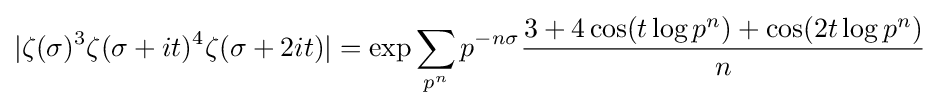
|\zeta (\sigma )^{3}\zeta (\sigma +it)^{4}\zeta (\sigma +2it)|=\exp \sum _{p^{n}}p^{-n\sigma }{\frac {3+4\cos(t\log p^{n})+\cos(2t\log p^{n})}{n}}